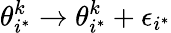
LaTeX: \theta_{i^{*}}^{k}\rightarrow\theta_{i^{*}}^{k}+\epsilon_{i^{*}}